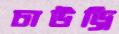
চাউড্রি